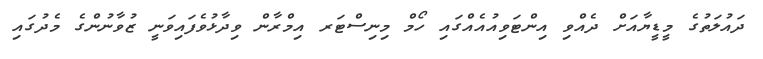
ދައުލަތުގެ މީޑީޔާއަށް ދެއްވި އިންޓަވިއުއެއްގައި ހޯމް މިނިސްޓަރ އިމްރާން ވިދާޅުވެފައިވަނީ ޒުވާނުންގެ މެދުގައި